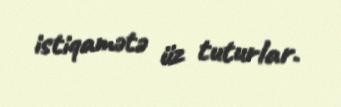
istiqamətə üz tuturlar.